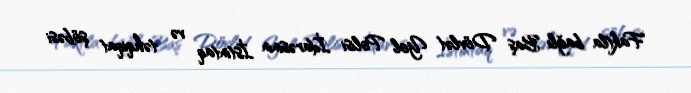
Faktla bağlı Baş Dövlət Yol Polisi İdarəsinin İstintaq və təhqiqat şöbəsi